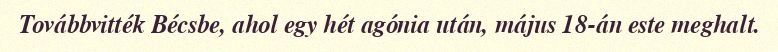
Továbbvitték Bécsbe, ahol egy hét agónia után, május 18-án este meghalt.